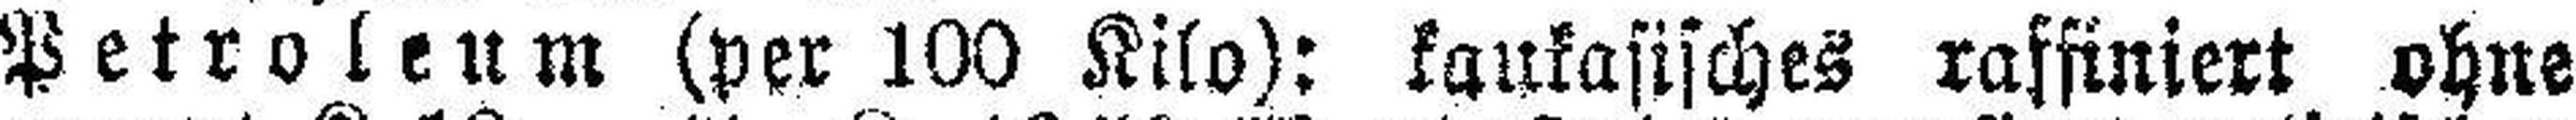
Petroleum (per 100 Kilo): kaukasisches raffiniert ohne